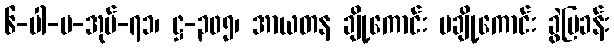
၆-ပါ-ပ-အုပ်-၇၁၊ ဋ္ဌ-၃၀၅၊ အာယတန ချို့ကောင်း မချို့ကောင်း ခွဲပြခန်း